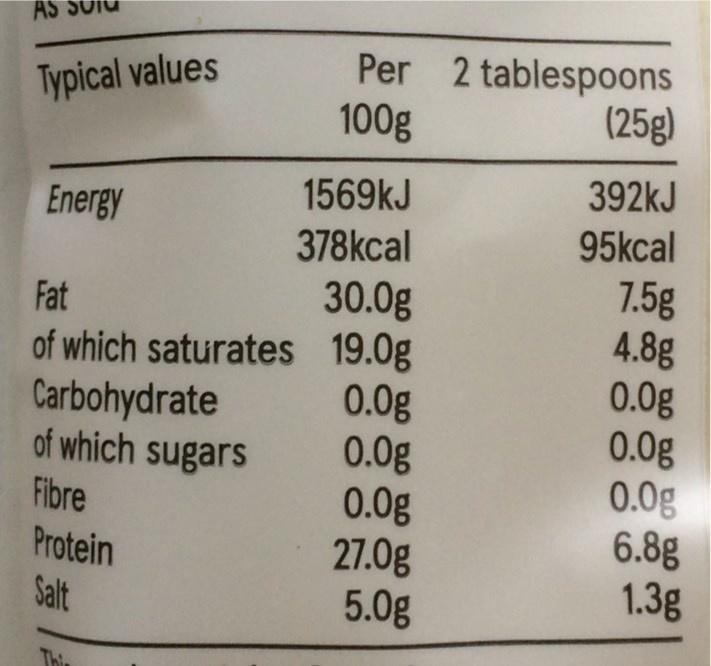
AS
Per 2 tablespoons
Typical values
(25g)
100g
1569kJ
392kJ
Energy
378kcal
95kcal
30.0g of which saturates 19.0g 0.0g 0.0g 0.0g 27.0g 5.0g
7.5g 4.8g 0.0g 0.0g 0.0g 6.8g 1.3g
Fat
Carbohydrate of which sugars
Fibre Protein Salt
Thin